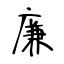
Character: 廉